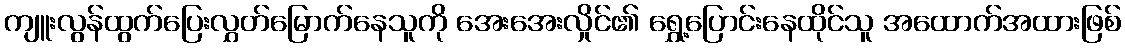
ကျူးလွန်ထွက်ပြေးလွှတ်မြောက်နေသူကို အေးအေးလှိုင်၏ ရွှေ့ပြောင်းနေထိုင်သူ အထောက်အထားဖြစ်